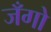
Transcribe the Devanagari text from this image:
जँगो